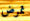
تمرض